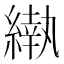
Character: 𬗵